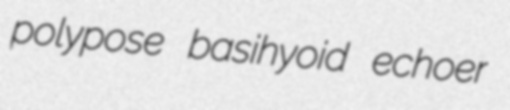
polypose basihyoid echoer